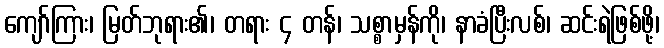
ကျော်ကြား၊ မြတ်ဘုရား၏၊ တရား ၄ တန်၊ သစ္စာမှန်ကို၊ နာခံပြီးလစ်၊ ဆင်းရဲဖြစ်ဖို့၊